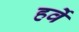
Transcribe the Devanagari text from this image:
हर्वे